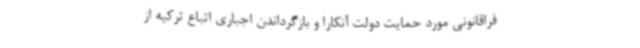
فراقانونی مورد حمایت دولت آنکارا و بازگرداندن اجباری اتباع ترکیه از